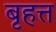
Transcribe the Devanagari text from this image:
बृहत्त